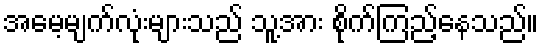
အမေ့မျက်လုံးများသည် သူ့အား စိုက်ကြည့်နေသည်။